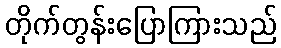
တိုက်တွန်းပြောကြားသည်